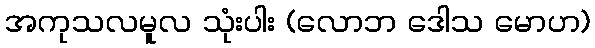
အကုသလမူလ သုံးပါး (လောဘ ဒေါသ မောဟ)